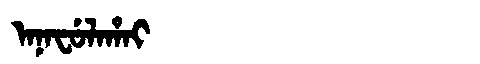
Manchu: ᠠᠨᠠᠸᡠᠯᠠᡥᠠᡳ
Romanization: ANAFULAHAI